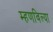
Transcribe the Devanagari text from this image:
म्हणविल्या